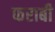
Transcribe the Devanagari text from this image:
फराबी